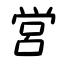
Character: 営